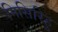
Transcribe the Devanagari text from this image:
मिसिरिहु